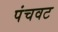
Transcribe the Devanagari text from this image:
पंचवट